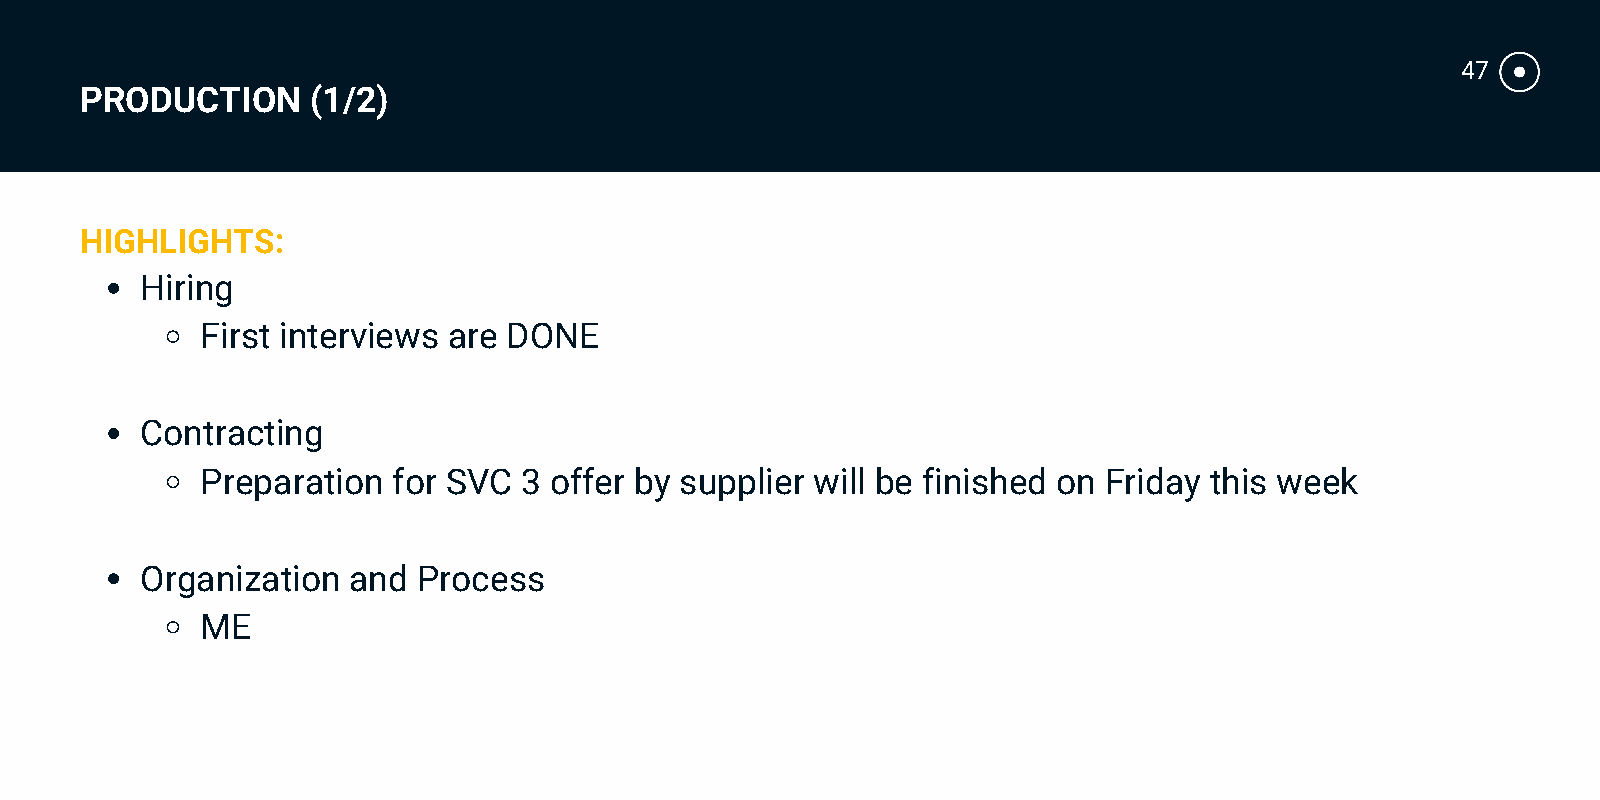
47
 PRODUCTION      (1/2)
 HIGHLIGHTS:
 Hiring
 First interviews are DONE
 Contracting
 Preparation  for SVC 3 offer by supplier will be finished on Friday this week
 Organization  and  Process
 ME